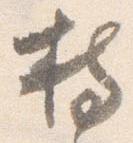
持